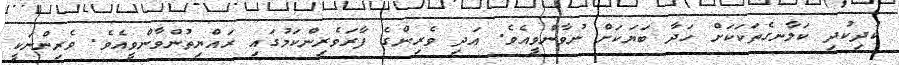
ކުދިކުދި ކަލާނގެތަކަކަށް ހަދާ ބަޔަކަށް ނުވާންވީއެވެ. އަދި ވެރިންގެ ފާރަވެރިންކަމުގައި ރައްޔިތުންވާންވީއެވެ. ވެރިންނަކީ